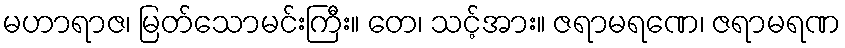
မဟာရာဇ၊ မြတ်သောမင်းကြီး။ တေ၊ သင့်အား။ ဇရာမရဏေ၊ ဇရာမရဏ